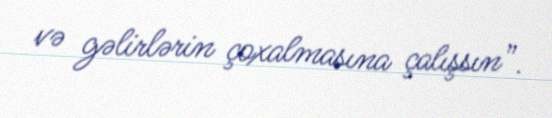
və gəlirlərin çoxalmasına çalışsın”.